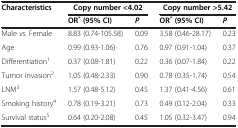
<table><thead><tr><td rowspan="2"><b>Characteristics</b></td><td><b>Copy number &lt;4.02</b></td><td><b> </b></td><td><b>Copy number &gt;5.42</b></td><td><b> </b></td></tr><tr><td><b>OR<sup>* </sup>(95% CI)</b></td><td><b><i>P</i></b></td><td><b>OR<sup>* </sup>(95% CI)</b></td><td><b><i>P</i></b></td></tr></thead><tbody><tr><td>Male <i>vs.</i> Female</td><td>8.83 (0.74-105.58)</td><td>0.09</td><td>3.58 (0.46-28.17)</td><td>0.23</td></tr><tr><td>Age</td><td>0.99 (0.93-1.06)</td><td>0.76</td><td>0.97 (0.91-1.04)</td><td>0.37</td></tr><tr><td>Differentiation<sup>1</sup></td><td>0.37 (0.08-1.81)</td><td>0.22</td><td>0.36 (0.07-1.84)</td><td>0.22</td></tr><tr><td>Tumor invasion<sup>2</sup></td><td>1.05 (0.48-2.33)</td><td>0.90</td><td>0.78 (0.35-1.74)</td><td>0.54</td></tr><tr><td>LNM<sup>3</sup></td><td>1.57 (0.48-5.12)</td><td>0.45</td><td>1.37 (0.41-4.56)</td><td>0.61</td></tr><tr><td>Smoking history<sup>4</sup></td><td>0.78 (0.19-3.21)</td><td>0.73</td><td>0.49 (0.12-2.04)</td><td>0.33</td></tr><tr><td>Survival status<sup>5</sup></td><td>0.64 (0.20-2.08)</td><td>0.45</td><td>1.05 (0.32-3.47)</td><td>0.94</td></tr></tbody></table>